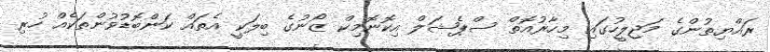
ރައްޔިތުންގެ މަޖިލީހުގައި މިހާރުއޮތް ސްޕެޝަލް އިކޮނޮމިކް ޒޯނުގެ ބިލަކީ އެތައް ކަންބޮޑުވުންތަކެއް ހުރި